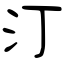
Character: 汀